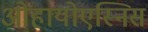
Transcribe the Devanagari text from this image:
ओहायोएस्निस